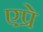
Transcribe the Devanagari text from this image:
एप्रे